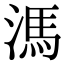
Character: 溤